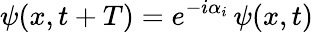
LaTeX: \psi(x,t+T)=e^{-i\alpha_{i}}\, \psi(x,t)